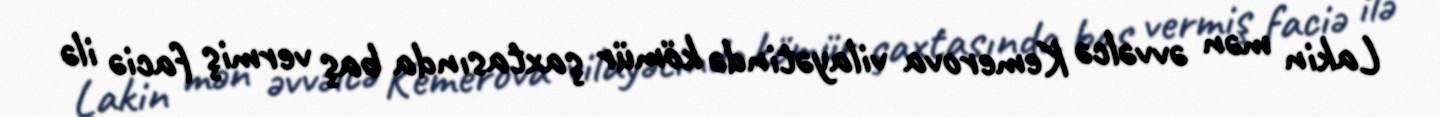
Lakin mən əvvəlcə Kemerova vilayətində kömür şaxtasında baş vermiş faciə ilə